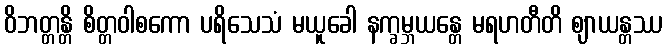
ဝိဘတ္တန္တိ စိတ္တဝါစကော ပရိသေသံ မယူခေါ နက္ခမ္ဘယန္တေ မရဟတီတိ ဈာယန္တဿ